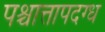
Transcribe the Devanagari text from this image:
पश्चात्तापदग्ध